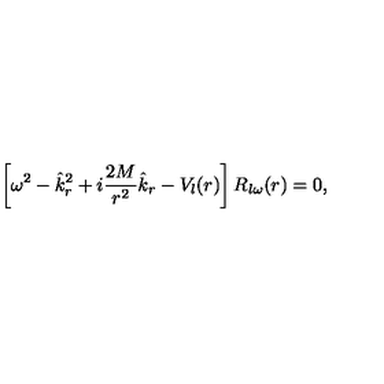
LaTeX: \left[ \omega ^ { 2 } - \hat { k } _ { r } ^ { 2 } + i { \frac { 2 M } { r ^ { 2 } } } \hat { k } _ { r } - V _ { l } ( r ) \right] R _ { l \omega } ( r ) = 0 ,